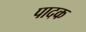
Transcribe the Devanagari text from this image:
पादक